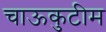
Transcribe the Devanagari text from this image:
चाऊकुटीम